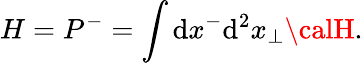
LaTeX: H=P^{-}=\int\mathrm{d}x^{-}\mathrm{d}^{2}x_{\bot}{\calH}.